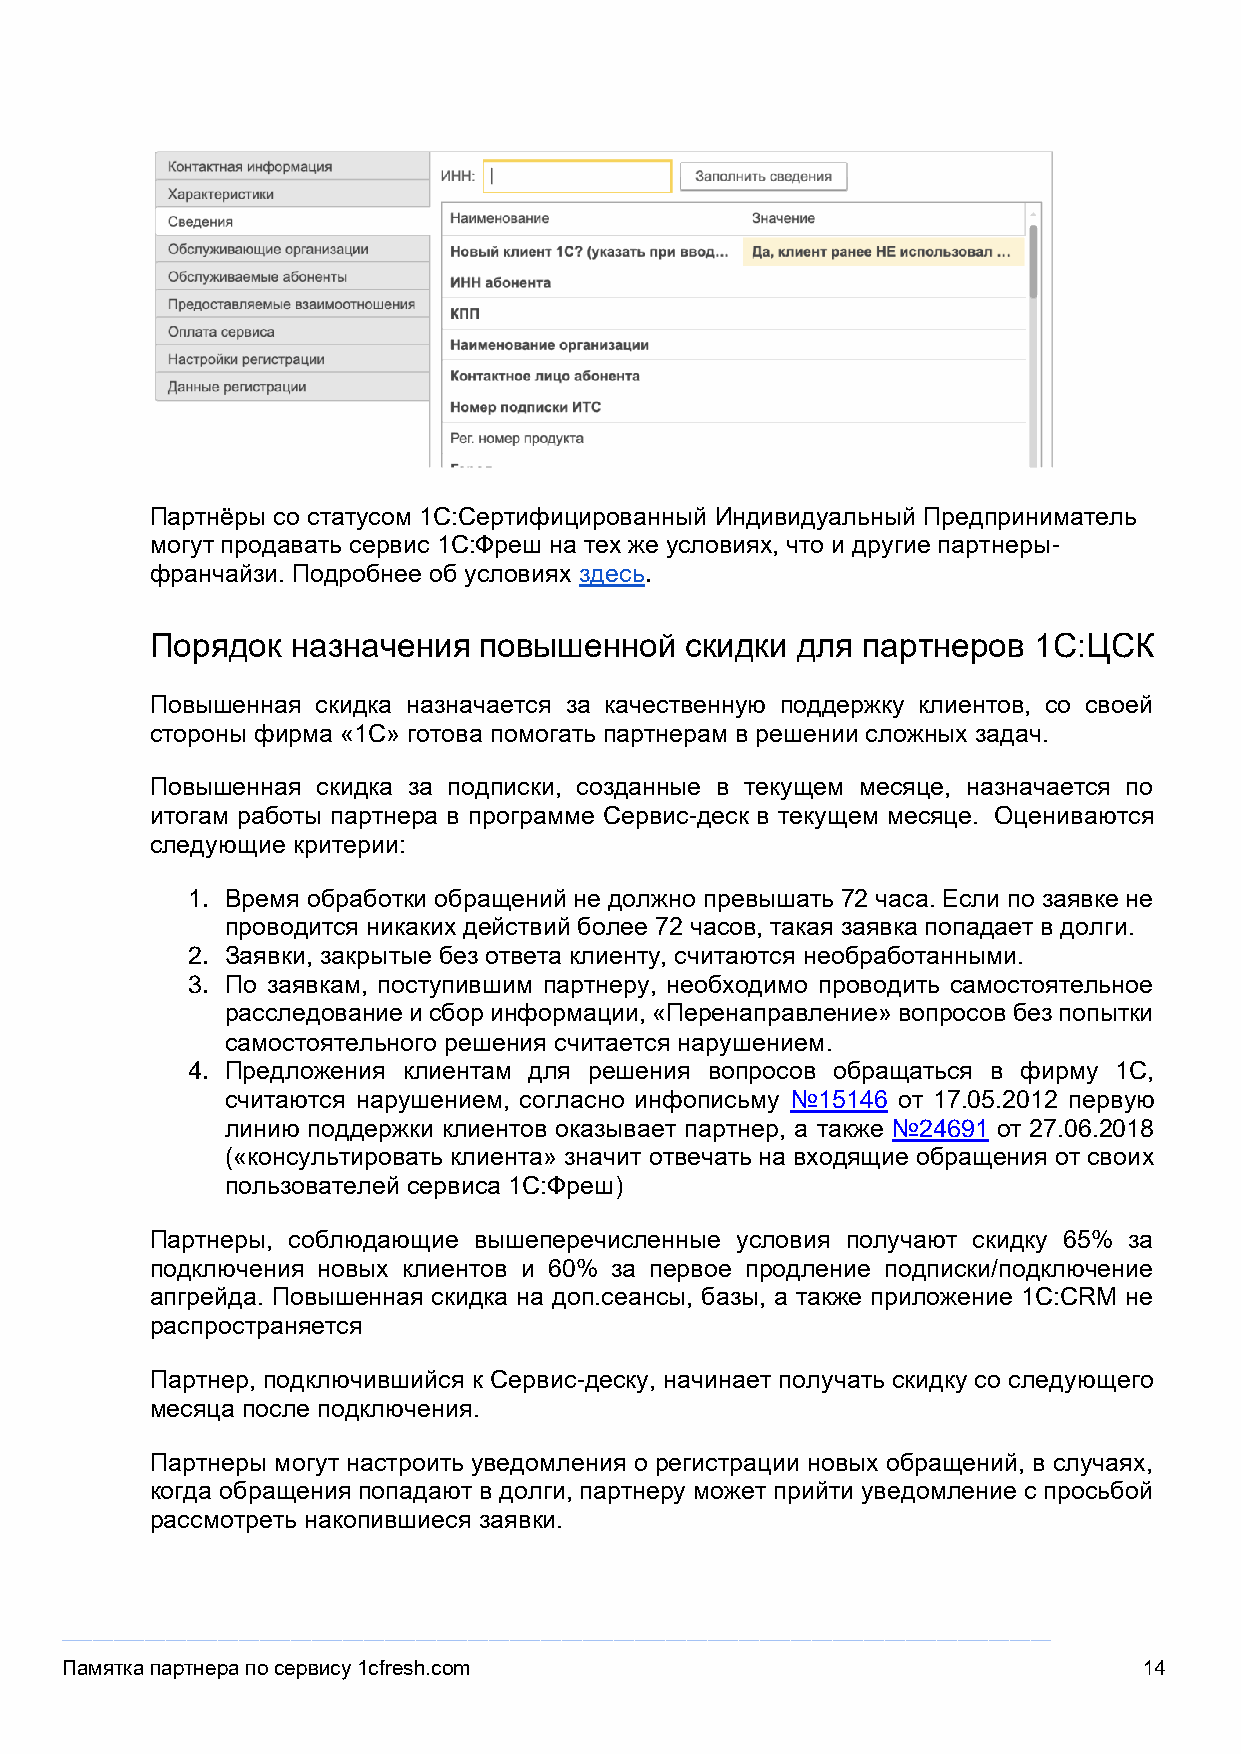
Партнёры со статусом 1С:Сертифицированный Индивидуальный Предприниматель
 могут продавать сервис 1С:Фреш на тех же условиях, что и другие партнеры-
 франчайзи. Подробнее об условиях здесь.
 Порядок  назначения   повышенной   скидки  для партнеров  1С:ЦСК
 Повышенная скидка назначается за качественную поддержку клиентов, со своей
 стороны фирма «1С» готова помогать партнерам в решении сложных задач.
 Повышенная скидка за подписки, созданные в текущем месяце, назначается по
 итогам работы партнера в программе Сервис-деск в текущем месяце. Оцениваются
 следующие критерии:
 1. Время обработки обращений не должно превышать 72 часа. Если по заявке не
 проводится никаких действий более 72 часов, такая заявка попадает в долги.
 2. Заявки, закрытые без ответа клиенту, считаются необработанными.
 3. По заявкам, поступившим партнеру, необходимо проводить самостоятельное
 расследование и сбор информации, «Перенаправление» вопросов без попытки
 самостоятельного решения считается нарушением.
 4. Предложения клиентам для решения вопросов обращаться в фирму 1С,
 считаются нарушением, согласно инфописьму №15146 от 17.05.2012 первую
 линию поддержки клиентов оказывает партнер, а также №24691 от 27.06.2018
 («консультировать клиента» значит отвечать на входящие обращения от своих
 пользователей сервиса 1С:Фреш)
 Партнеры, соблюдающие вышеперечисленные условия получают скидку 65% за
 подключения новых клиентов и 60% за первое продление подписки/подключение
 апгрейда. Повышенная скидка на доп.сеансы, базы, а также приложение 1C:CRM не
 распространяется
 Партнер, подключившийся к Сервис-деску, начинает получать скидку со следующего
 месяца после подключения.
 Партнеры могут настроить уведомления о регистрации новых обращений, в случаях,
 когда обращения попадают в долги, партнеру может прийти уведомление с просьбой
 рассмотреть накопившиеся заявки.
 _______________________________________________________________________________________________
 Памятка партнера по сервису 1cfresh.com                                 14